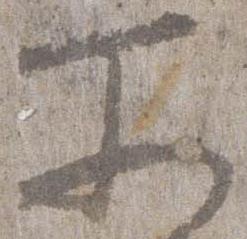
尓